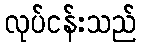
လုပ်ငန်းသည်